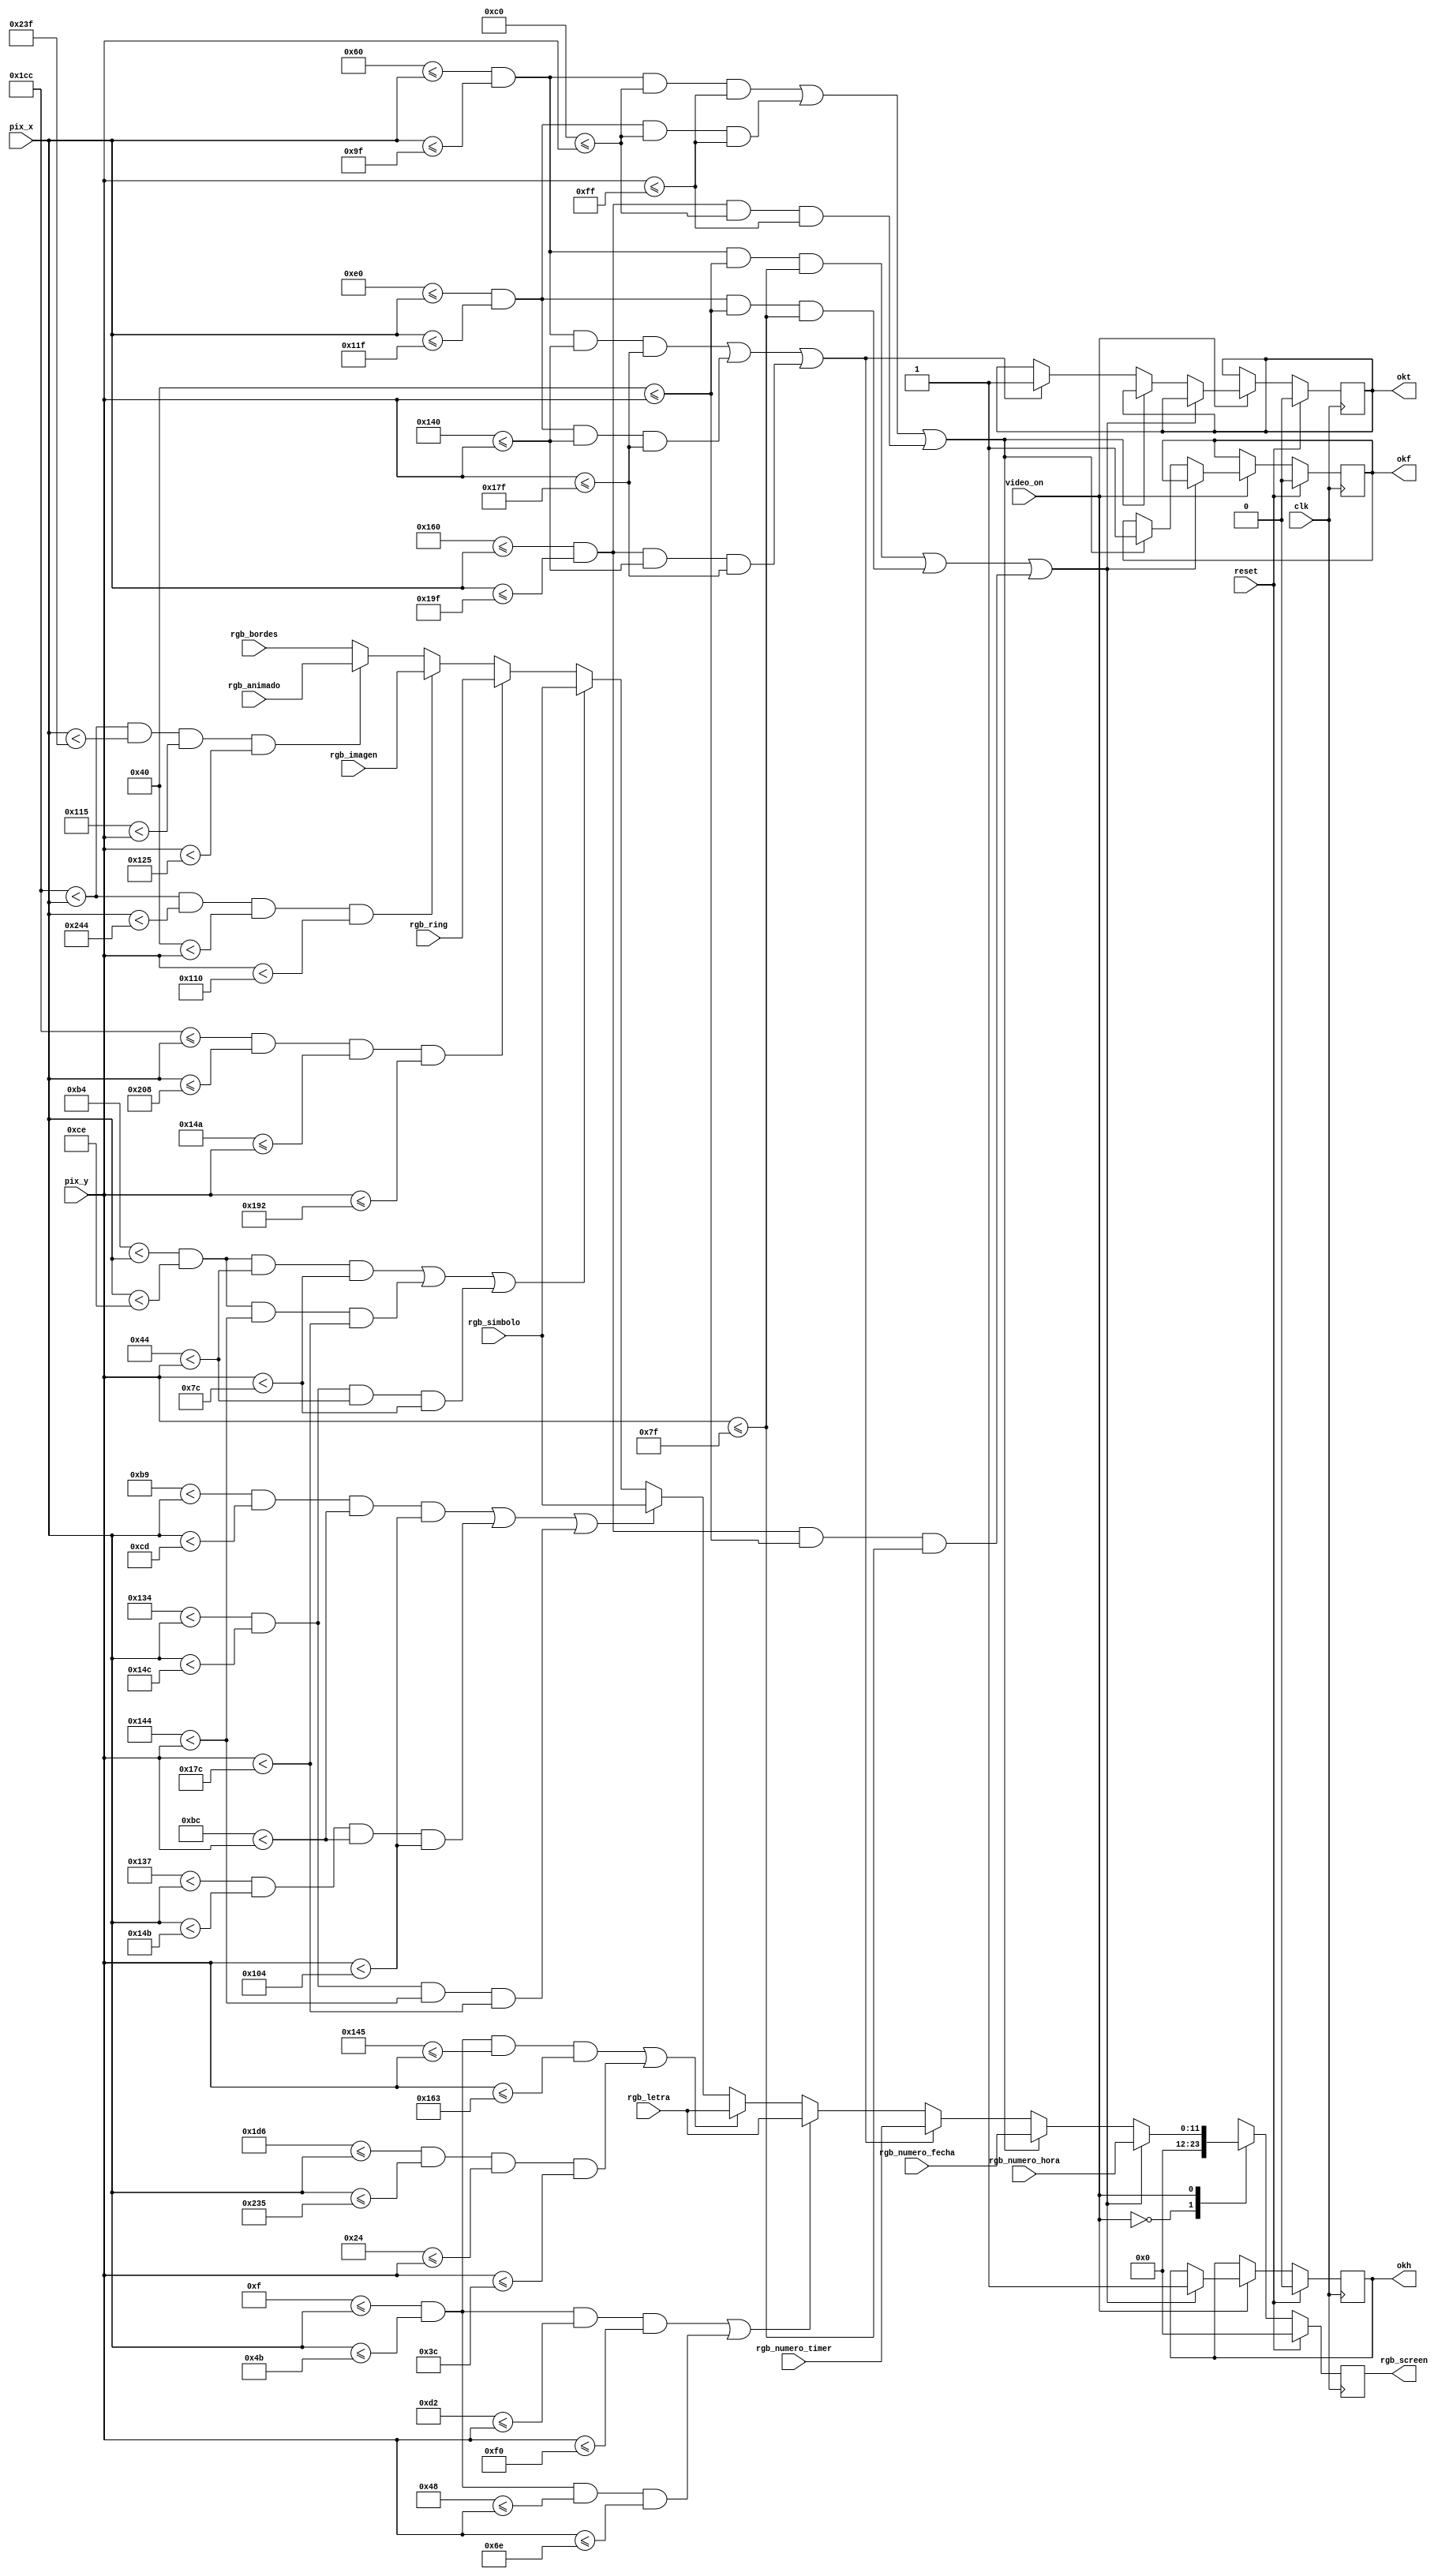
`timescale 1ns / 1ps
//////////////////////////////////////////////////////////////////////////////////
// Project Name:    CONTROLADOR RTC CON PICOBLAZE
// Module Name:    SELECCIONADOR_RGB
// Target Devices:      ARTIX 7
// Tool versions:
// Description:   MODULO DE SELECCION DE OBJETOS, LETRAS, TEXTO E IMAGENES PARA LA PANTALLA,
//                SE COMPORTA COMO EL MULTIPLEXOR FINAL DE SALIDA
// Additional Comments:  hecho por JOAO SALAS
//
//////////////////////////////////////////////////////////////////////////////////
module SELECCIONADOR_RGB(
    input clk,
    input wire video_on,reset,
    input wire [9:0] pix_x,pix_y,
    input wire [11:0] rgb_numero_hora,rgb_numero_fecha,rgb_numero_timer,
    input wire [11:0] rgb_ring,rgb_letra,rgb_bordes,rgb_simbolo,rgb_imagen,rgb_animado,
    output wire [11:0] rgb_screen,
    output reg okh,okf,okt
    );

//--------------------------------------------------
//      declaracion de wires a utilizar
//-------------------------------------------------

        wire hour1on,hour2on,hour3on;
        wire date1on,date2on,date3on;
        wire timer1on,timer2on,timer3on;
        wire fecha_word,hora_word,timer_word;
        wire barrafecha_on;
        wire ruedaon1_on , ruedaon1_on2 , ruedaon1_on3 , ruedaon1_on4;
        wire teclado_word;
        wire ring_word;
        wire  onfoto;
        wire animation;

//------------------------------------------------------------------------------
//      VARIABLES DE CONTROL PARA ACTIVAR LA IMAGEN ADECUADA
//-----------------------------------------------------------------------------

//                  NOTA IMPORTANTE
    
//  TODAS ESTAS COORDENADAS SON FOTOCOPIAS DE LOS PARAMETROS QUE SE ENCUENTRAN EN CADA
//      MODULO DE VGA POR APARTA, POR ESTO DECIDI NO PARAMETRIZAR, YA QUE SOLO LAS TOME
//         DE LOS OTROS MODULOS, COMO NO SE REALIZAN CAMBIOS DE COORDENAS EN ESTE MODULO
//          NO COPIE LOS PARAMETROS.
    
//                       para numeros

    assign hour1on=(96<=pix_x) && (pix_x<=159) &&(64<=pix_y) && (pix_y<=127);
    assign hour2on=(224<=pix_x) && (pix_x<=287) &&(64<=pix_y) && (pix_y<=127);
    assign hour3on=(352<=pix_x) && (pix_x<=415) &&(64<=pix_y) && (pix_y<=127);


    assign date1on=(96<=pix_x) && (pix_x<=159) &&(192<=pix_y) && (pix_y<=255);
    assign date2on=(224<=pix_x) && (pix_x<=287) &&(192<=pix_y) && (pix_y<=255);
    assign date3on=(352<=pix_x) && (pix_x<=415) &&(192<=pix_y) && (pix_y<=255);

    assign timer1on=(96<=pix_x) && (pix_x<=159) &&(320<=pix_y) && (pix_y<=383);
    assign timer2on=(224<=pix_x) && (pix_x<=287) &&(320<=pix_y) && (pix_y<=383);
    assign timer3on=(352<=pix_x) && (pix_x<=415) &&(320<=pix_y) && (pix_y<=383);

//            para puntos separadores de hora fecha y crono

    assign ruedaon1_on  = (180 < pix_x) && (pix_x < 206) && (68 < pix_y) && (pix_y < 124);
    assign ruedaon1_on2 = (180 < pix_x) && (pix_x < 206) && (324 < pix_y) && (pix_y < 380);
    assign ruedaon1_on3 = (308 < pix_x) && (pix_x < 332) && (68 < pix_y) &&  (pix_y < 124);
    assign ruedaon1_on4 = (308 < pix_x) && (pix_x < 332) &&(324 < pix_y) && (pix_y < 380);
    assign barrafecha_on=((185<pix_x) && (pix_x<205) && (188<pix_y) && (pix_y<260))|
         ((311<pix_x) && (pix_x<331) && (188<pix_y) && (pix_y<260));

//                para el texto informativo

    assign fecha_word=(15<=pix_x) && (pix_x<=75) &&(210<=pix_y) && (pix_y<=240);
    assign hora_word=(15<=pix_x) && (pix_x<=75) &&(72<=pix_y) && (pix_y<=110);
    assign timer_word=(15<=pix_x) && (pix_x<=75) &&(325<=pix_y) && (pix_y<=355);
    assign teclado_word=(470<=pix_x) && (pix_x<=565) &&(36<=pix_y) && (pix_y<=60);

//                      para RING
    assign ring_word=(460<=pix_x) && (pix_x<=520) &&(330<=pix_y) && (pix_y<=402);

//        para las imagenes informativos del teclado y otros

    assign onfoto =(460<pix_x) && (pix_x<580) &&(64<pix_y) && (pix_y<272);
    assign animation =(460<pix_x) && (pix_x<575) &&(277<pix_y) && (pix_y<293);




//NOTA:  PARA LOS BORDES ES EL ELSE


//---------------------------------------------------
//        SALIDA FINAL RGB HACIA PANTALLA
//----------------------------------------------


reg [11:0] rgb_screenreg;

always@(posedge clk)
    if(reset) begin
          rgb_screenreg<=0;
          okf<=0;
          okh<=0;
          okt<=0;
    end
    else begin
        case(video_on)
        0:  begin
            			rgb_screenreg<=0;
            end
        1:  begin
              if  (hour1on | hour2on | hour3on ) begin   //NUMEROS DE HORA
                    	rgb_screenreg <= rgb_numero_hora;
                      okh<=1;end

              else if ( date1on | date2on | date3on )begin  //NUMEROS DE FECHA
                      rgb_screenreg <= rgb_numero_fecha;
                      okf<=1;end

              else if ( timer1on | timer2on | timer3on) begin  //NUMEROS DE TIMER
                      rgb_screenreg <= rgb_numero_timer;
                      okt<=1;end

              else if(fecha_word | hora_word)   //TEXTO INFORMATIVO DE HORA Y FECHA
                      rgb_screenreg <= rgb_letra;

              else if(timer_word | teclado_word)  //TEXTO INFORMATIVO DE TIMER Y TECLAD0
                      rgb_screenreg <= rgb_letra;

              else if (barrafecha_on  | ruedaon1_on4 ) //PUNTOS Y SLASH SEPARADOR EN EL RELOJ
                      rgb_screenreg <= rgb_simbolo;

              else if ( ruedaon1_on | ruedaon1_on2 | ruedaon1_on3) //PUNTOS RESTANTES
                      rgb_screenreg <= rgb_simbolo;

              else if( ring_word )  //  ALARMA
                      rgb_screenreg <= rgb_ring;

              else if(onfoto)   //IMAGENES CON INFORMACION DE PROPOSITO GENERAL
                      rgb_screenreg <= rgb_imagen;
              else if(animation)   //IMAGENES CON INFORMACION DE PROPOSITO GENERAL
                      rgb_screenreg <= rgb_animado;

              else    //BORDES QUE ENCIERRAN EL RELOJ
                      rgb_screenreg <= rgb_bordes;
              end

          default: rgb_screenreg<=12'h000;
          endcase
    end

//    salida final

 assign rgb_screen=rgb_screenreg;


endmodule